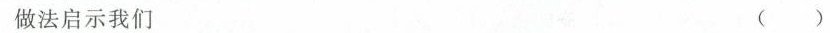
做法启示我们 ( )